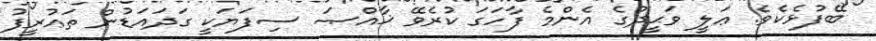
ބޭފުޅެކެވެ. ޢަލީ ވަޙީދުގެ އެންމެ ފާހަގަ ކުރެވޭ ޚާއްޞަ ސިފަޔަކީ ގަދައަޑުން ތަޢުރީފު